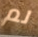
لم